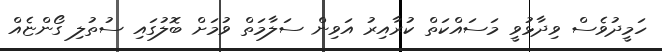
ހަމީދުވެސް ވިދާޅުވީ މަސައްކަތް ކުރާއިރު އަވިން ސަލާމަތް ވުމަށް ބޮލުގައި ސުތުލި ގޯންޏެއް